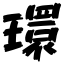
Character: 環